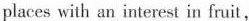
places with an interest in fruit,